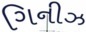
ગિનીઝ